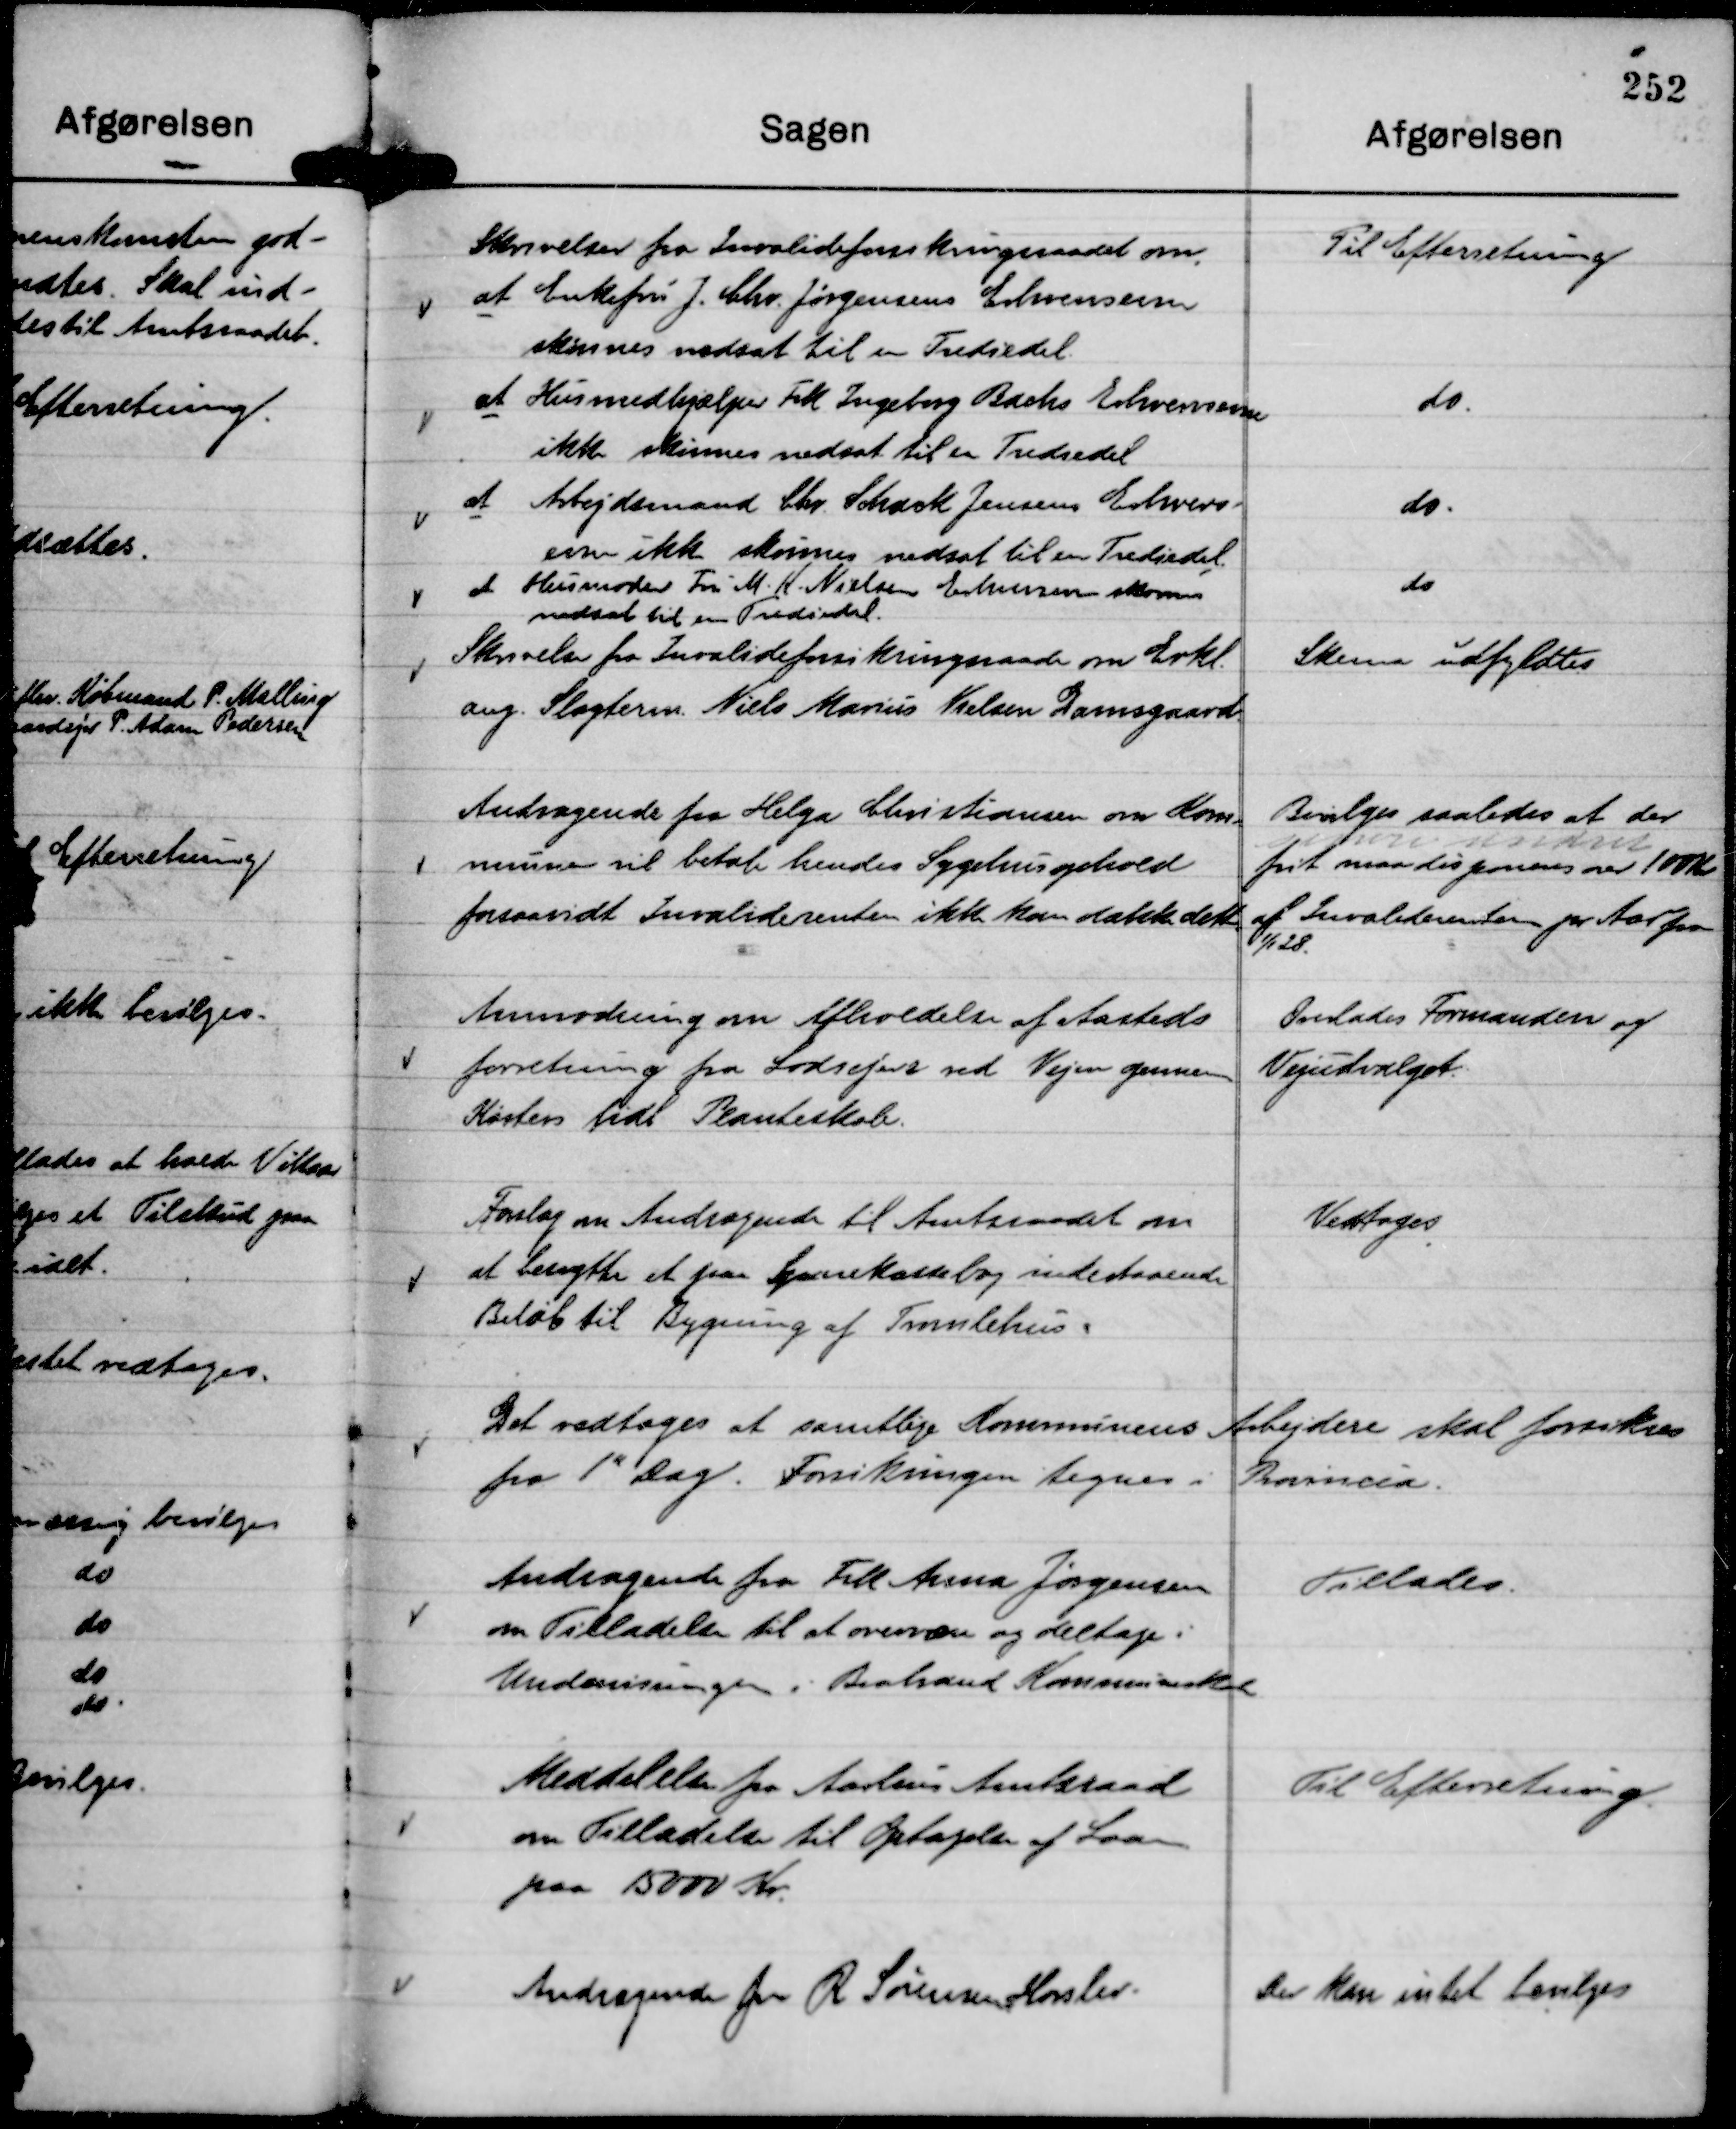
Transskription:
Skrivelse fra Invalideforsikringsraade om Erkl.
ang. Slagteren Niels Marius Nielsen Damsgaard.

Skema udfyldtes

Andragende fra Helga Christiansen om Kom-
munen vil betale hendes Sygehusophold
forsaavidt Invaliderenten ikke kan dække dette.

Bevilges saaledes at der

frit maa disponeres over 100 Kr
af Invaliderenten pr Aar fra
1/1 28.

Anmodning om Afholdelse af Aasteds
forretning fra Lodsejere ved Vejen gennem
Køsters tidl Planteskole.

Overlades Formanden og
Vejudvalget.

Forslag om Andragende til Amtsraadet om
at benytte et paa Sparekassebog indestaaende
Beløb til Bygning af Tromlehus.

Vedtoges

Det vedtoges at samtlige Kommunens Arbejdere skal forsikres
fra 1" Dag. Forsikringen tegnes i Provincia.

Andragende fra Frk Anna Jørgensen
om Tilladelse til at overvære og deltage i
Undervisningen i Brabrand Kommuneskole.

Tillades.

Meddelelse fra Aarhus Amtsraad
om Tilladelse til Optagelse af Laan
paa 15000 Kr.

Til Efterretning.

Andragende fra R Sørensen, Horslev.

Der kan intet bevilges